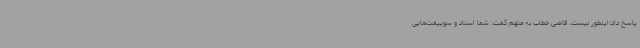
پاسخ داد:اینطور نیست. قاضی خطاب به متهم گفت: شما اسناد و سوییفت‌هایی